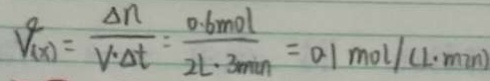
V _ { ( x ) } = \frac { \Delta n } { v \cdot \Delta t } = \frac { 0 . 6 m o l } { 2 L \cdot 3 \min } = 0 . 1 m o l ( L \cdot \min )